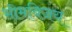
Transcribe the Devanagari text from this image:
भीमविजय